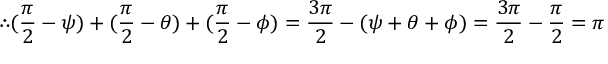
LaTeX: \therefore ( { \frac { \pi } { 2 } } - \psi ) + ( { \frac { \pi } { 2 } } - \theta ) + ( { \frac { \pi } { 2 } } - \phi ) = { \frac { 3 \pi } { 2 } } - ( \psi + \theta + \phi ) = { \frac { 3 \pi } { 2 } } - { \frac { \pi } { 2 } } = \pi